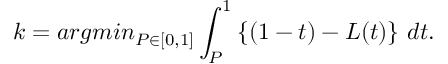
k = a r g m i n _ { P \in [ 0 , 1 ] } \int _ { P } ^ { 1 } \left\{ ( 1 - t ) - L ( t ) \right\} \, d t .